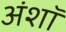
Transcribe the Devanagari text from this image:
अंशॉ